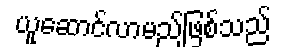
ယူဆောင်လာမည်ဖြစ်သည်